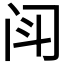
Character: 𫔯